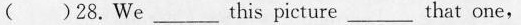
( )28.We___ this picture____ that one,